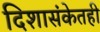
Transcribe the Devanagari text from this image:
दिशासंकेतही